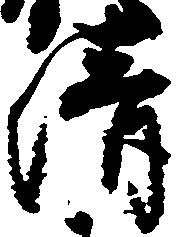
清